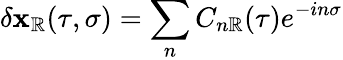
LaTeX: \delta\mathbf{x}_{\mathbb{R}}(\tau,\sigma)=\sum_{n}C_{n\mathbb{R}}(\tau)e^{-in\sigma}